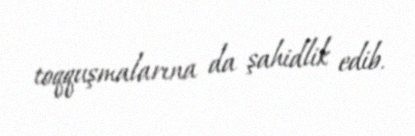
toqquşmalarına da şahidlik edib.